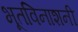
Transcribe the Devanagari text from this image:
भूतविनाशनी